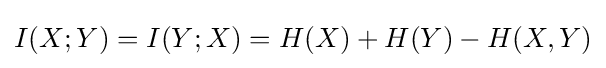
I(X;Y)=I(Y;X)=H(X)+H(Y)-H(X,Y)